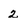
Character: 2